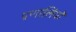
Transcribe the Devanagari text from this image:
प्रणालियों